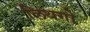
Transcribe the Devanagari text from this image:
लिथगो